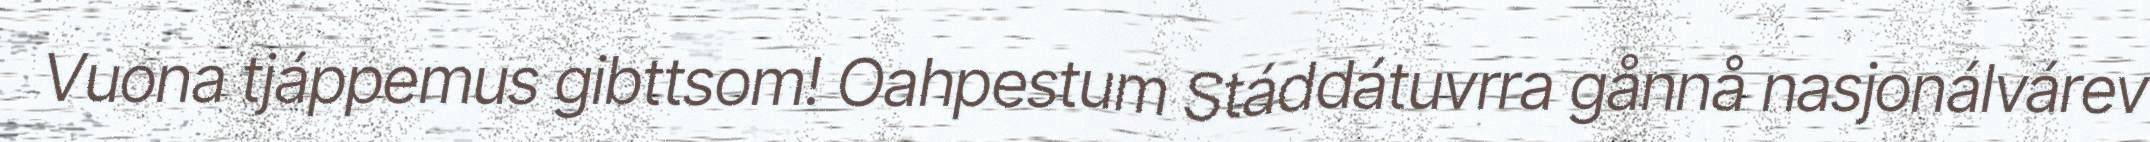
Vuona tjáppemus gibttsom! Oahpestum Stáddátuvrra gånnå nasjonálvárev